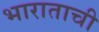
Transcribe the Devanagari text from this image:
भाराताची